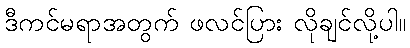
ဒီကင်မရာအတွက် ဖလင်ပြား လိုချင်လို့ပါ။